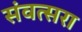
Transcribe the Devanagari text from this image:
संवत्सरा